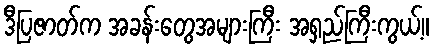
ဒီပြဇာတ်က အခန်းတွေအများကြီး အရှည်ကြီးကွယ့်။